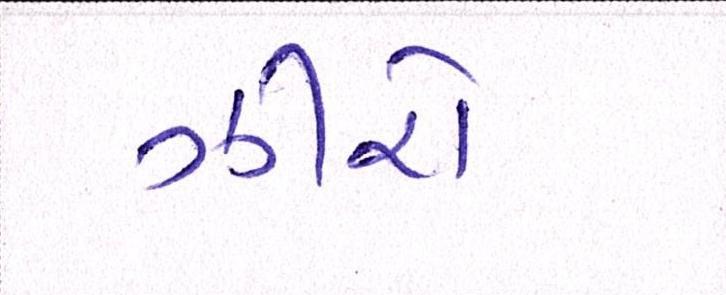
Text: ઝીરો